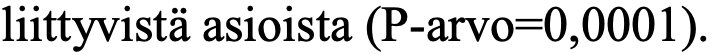
liittyvistä asioista (P-arvo=0,0001).